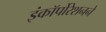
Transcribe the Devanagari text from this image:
इंकॉर्पोरेशनने